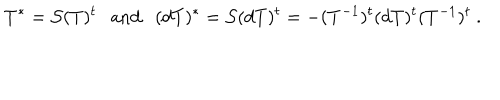
LaTeX: T ^ { * } = { \cal S } ( T ) ^ { t } \mathrm { a n d } ( d T ) ^ { * } = { \cal S } ( d T ) ^ { t } = - ( T ^ { - 1 } ) ^ { t } ( d T ) ^ { t } ( T ^ { - 1 } ) ^ { t } ~ .